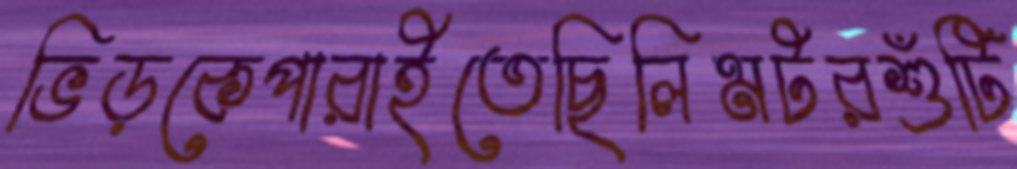
ভিড়কেপারাইতেছিলিমটরশুঁটি